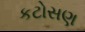
કટોસણ